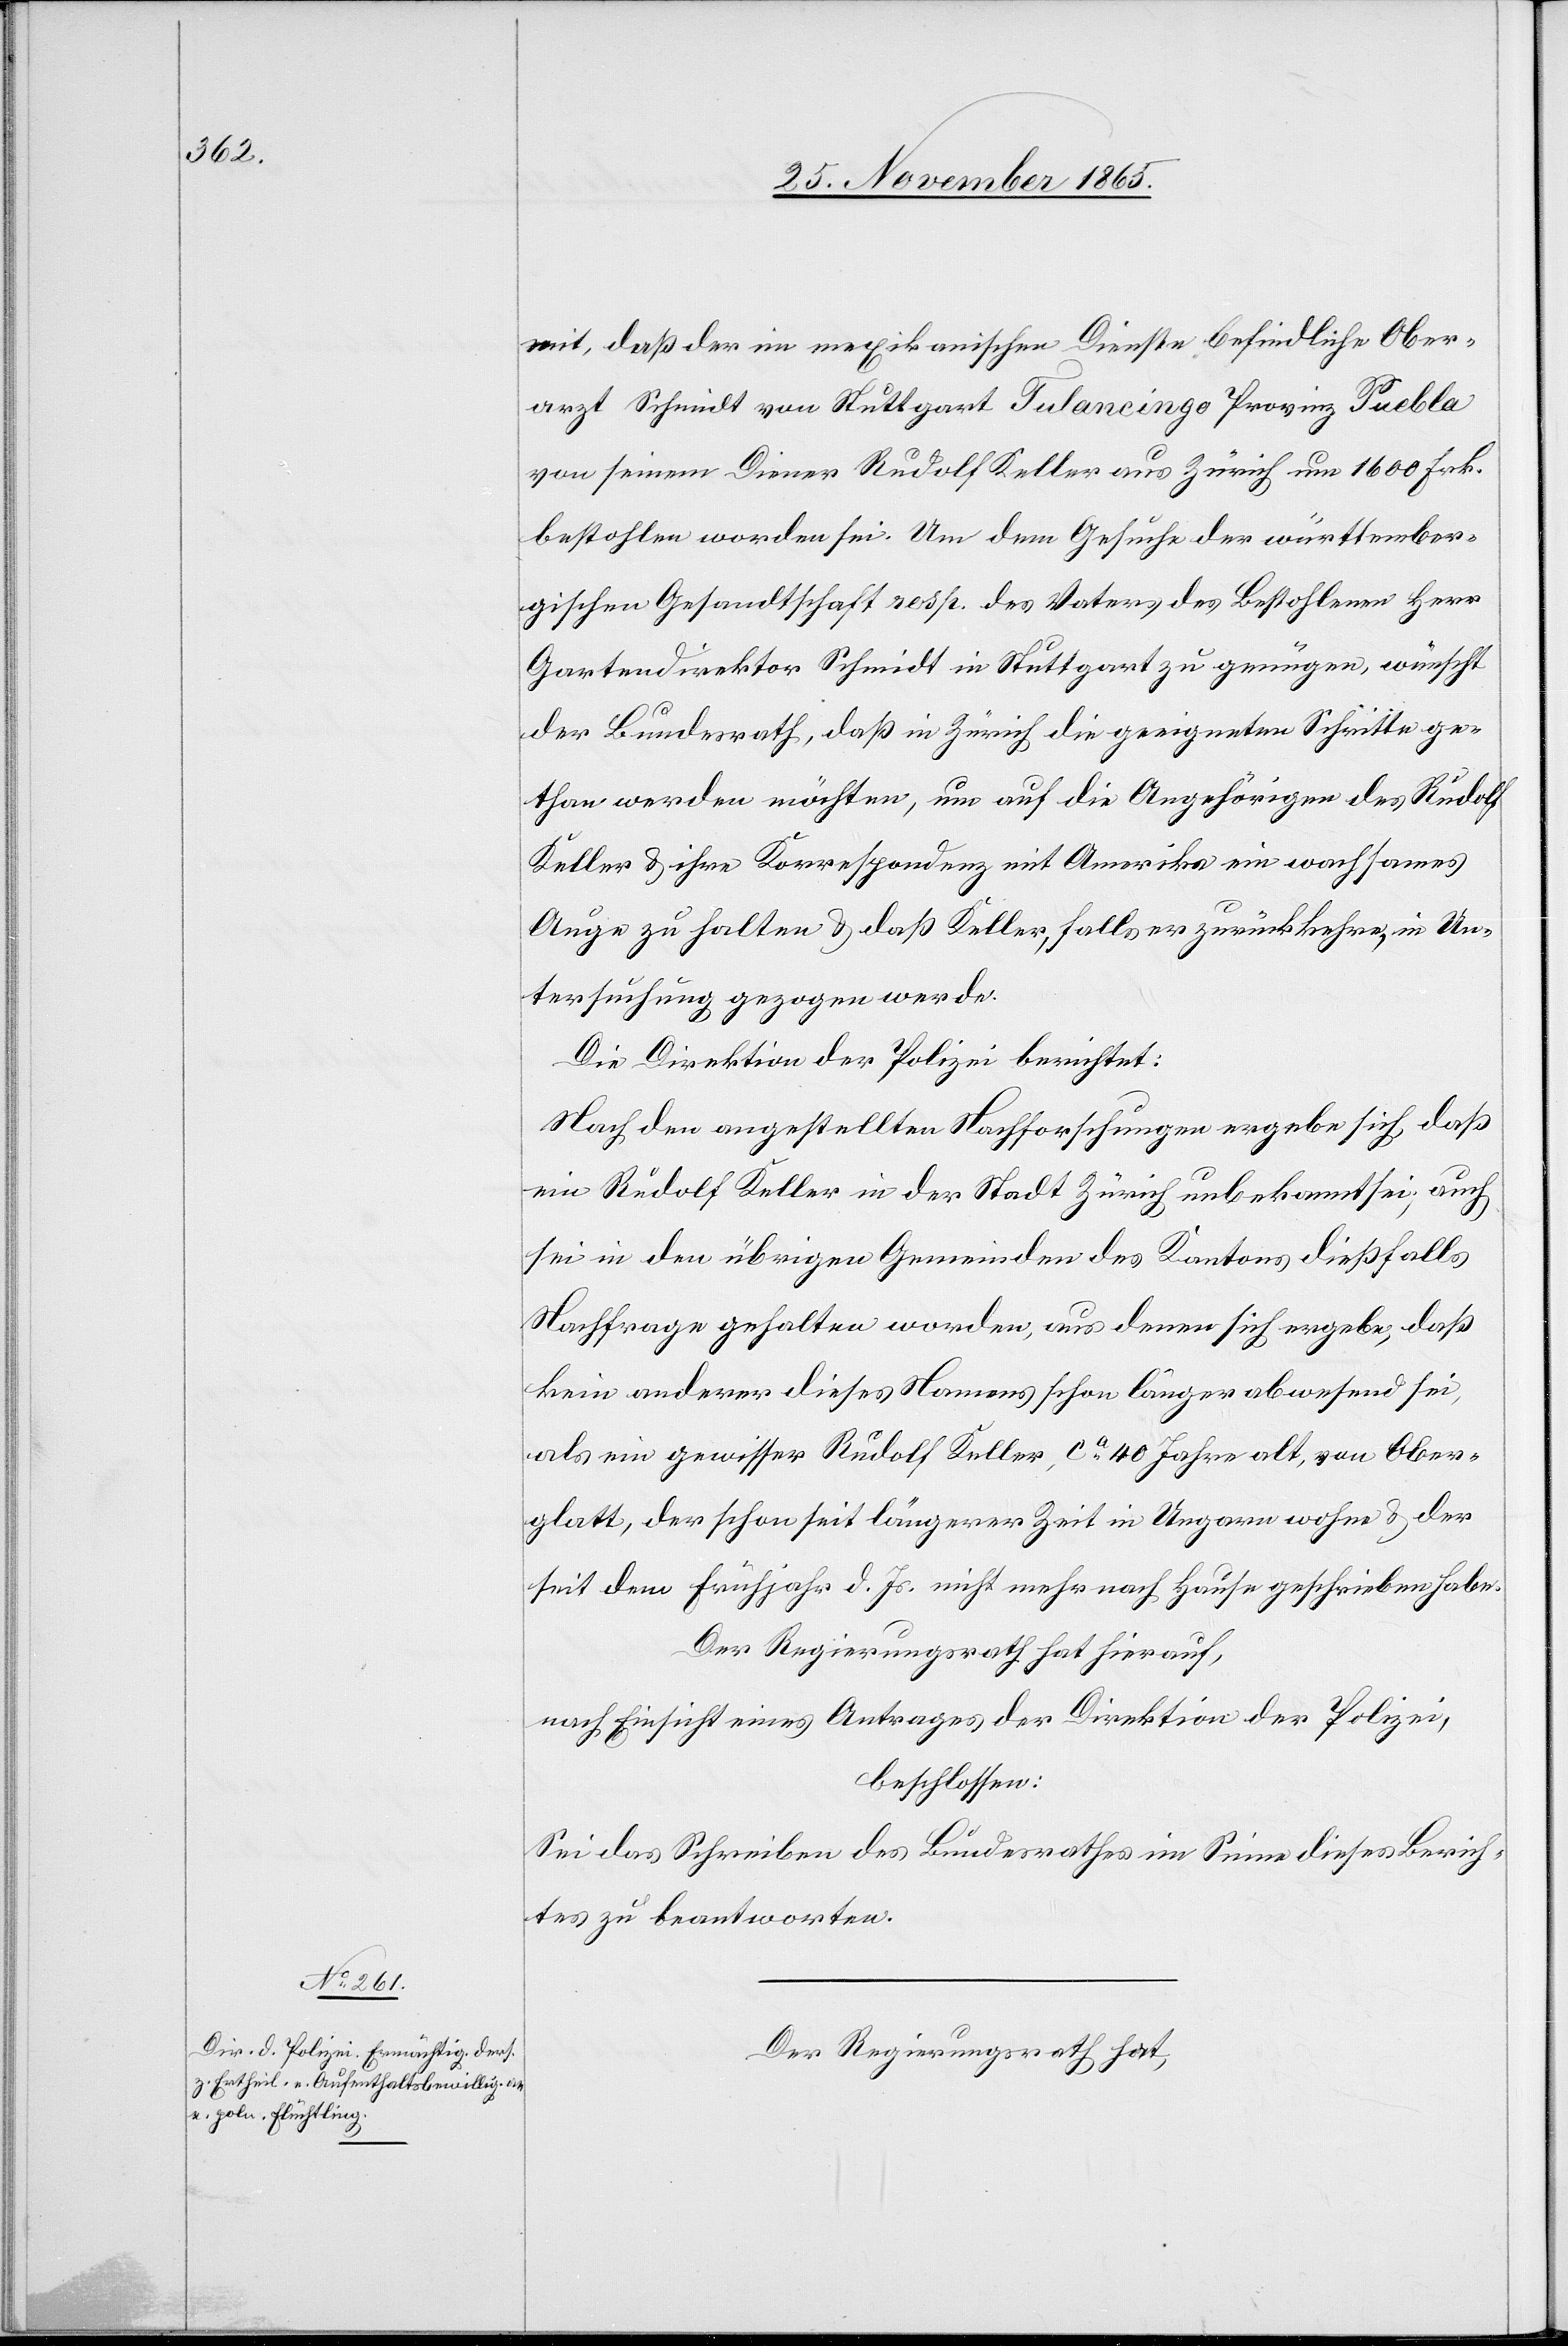
mit, daß der im mexikanischen Dienste befindliche Ober¬
arzt Schmidt von Stuttgart Tulancingo Provinz Puebla
von seinem Diener Rudolf Keller aus Zürich um 1600 Frk.
bestohlen worden sei. Um dem Gesuche der württember¬
gischen Gesandtschaft resp. des Vaters des Bestohlenen Herr
Gartendirektor Schmidt in Stuttgart zu genügen, wünscht
der Bundesrath, daß in Zürich die geeigneten Schritte ge¬
than werden möchten, um auf die Angehörigen des Rudolf
Keller & ihre Korrespondenz mit Amerika ein wachsames
Auge zu halten & daß Keller, falls er zurückkehre, in Un¬
tersuchung gezogen werde.
Die Direktion der Polizei berichtet:
Nach den angestellten Nachforschungen ergebe sich, daß
ein Rudolf Keller in der Stadt Zürich unbekannt sei, auch
sei in den übrigen Gemeinden des Kantons dießfalls
Nachfrage gehalten worden, aus denen [sic!] sich ergebe, daß
kein anderer dieses Namens schon länger abwesend sei,
als ein gewisser Rudolf Keller, ca 40 Jahre alt, von Ober¬
glatt, der schon seit längerer Zeit in Ungarn wohne & der
seit dem Frühjahr d. Js. nicht mehr nach Hause geschrieben habe.
Der Regierungsrath hat hierauf,
nach Einsicht eines Antrages der Direktion der Polizei,
beschlossen:
Sei das Schreiben des Bundesrathes im Sinne dieses Berich¬
tes zu beantworten.
Der Regierungsrath hat,